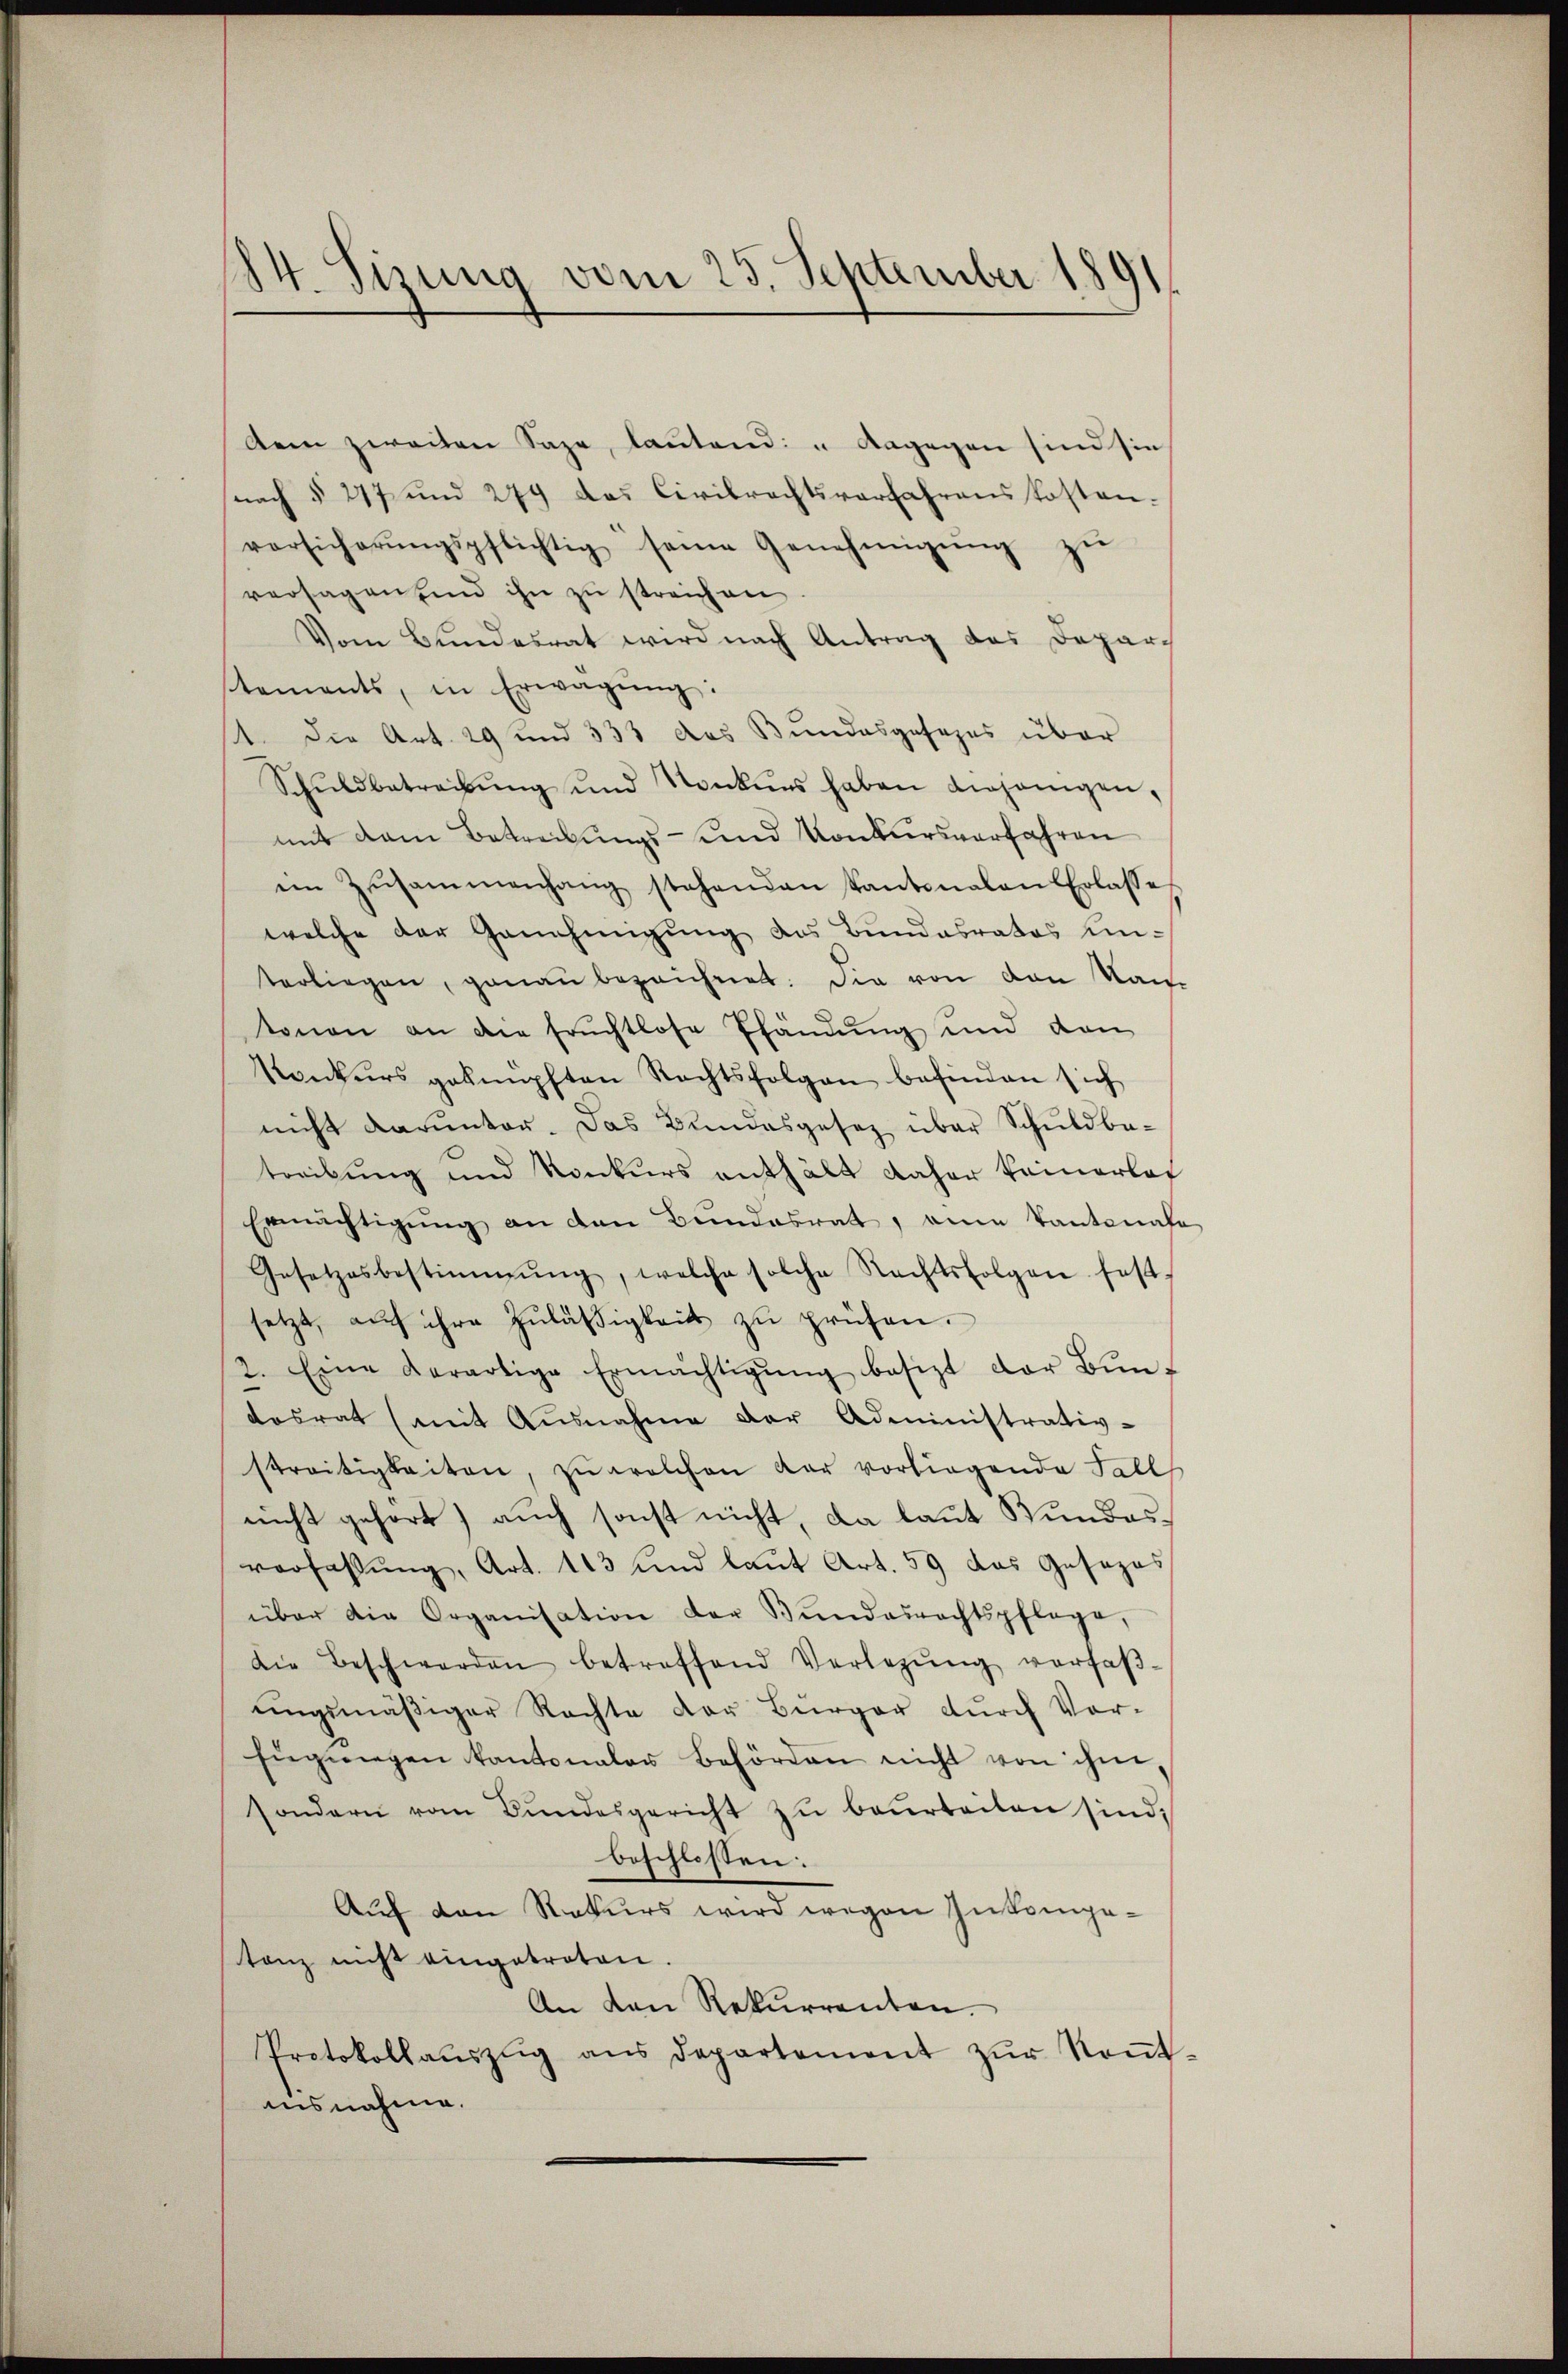
14. Sizung vom 23. September 1891

dem zweiten Sage, lautend: " Dagegen sind sie
nach § 277 und 279 das Civilrechtsverfahrens kosten.
vorsicherŭngspflichtig seine Genehmigŭng zŭ
versagen sind ihn zu streichen.
Vom Bundesrat wird nach Antrag des Depar-
tements, in Erwägŭng:
1. Die Art. 29 und 333 das Bundesgesezes über
Schŭldbetreibŭng und Konkŭrs haben diejenigen,
mit dem Betreibungs- und Konkursverfahren
in Zusammenhang stehenden Kantonalen Erlasse
welche der Genehmigung das Bundesrates un-
terliegen, genaŭ bezeichnet. Die von den Kan
tonen an die Früchtlose Pfändung und den
Konkurs geknüpften Rechtsfolgen befinden sich
nicht darunter. Das Bundesgesez über Schuldbetreibung und Konkurs enthält daher keinerlas
Ermächtigung an den Bundesrat, eine Kantonal
Gesetzesbestimmung, welche solche Rechtsfolgen fest-
setzt, aŭf ihre Zuläßigkeit zu prüfen.
2. Eine derartige Ermächtigŭng besitzt der Bŭn-
dosrat (mit Ausnahme der Administrativ-
streitigkeiten, zu welchen dar vorliegende Fall
nicht gehört) auch sonst nicht, da laut Wundesverfassung, Art. 113 und laut Art. 59 das Gesezes
über die Organisation der Bŭndesrechtspflege,
Die Beschwerden betreffend Verlegŭng verfaβ-
ŭngsmäßiger Rechte der Bürger dŭrch Vor-
Eŭgŭngen kantonaler Behörden nicht von ihm,
sondern vom Bŭndesgericht zŭ beurteilen sind,
beschlossen:
Auf den Rekurs wird wegen Inkompetanz nicht eingetreten.
An den Rekurrenten.
Protokollaŭszŭg ans Departement zŭr Koṅt
insnahme.